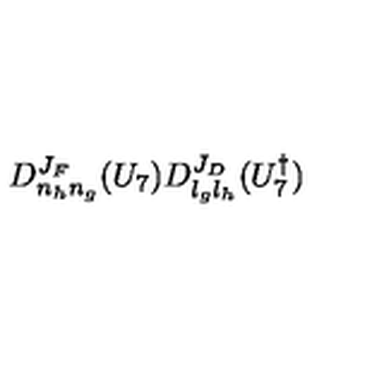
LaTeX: D _ { n _ { h } n _ { g } } ^ { J _ { F } } ( U _ { 7 } ) D _ { l _ { g } l _ { h } } ^ { J _ { D } } ( U _ { 7 } ^ { \dagger } )